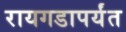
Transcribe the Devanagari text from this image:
रायगडापर्यंत